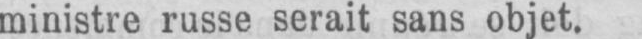
ministre russe serait sans objet.